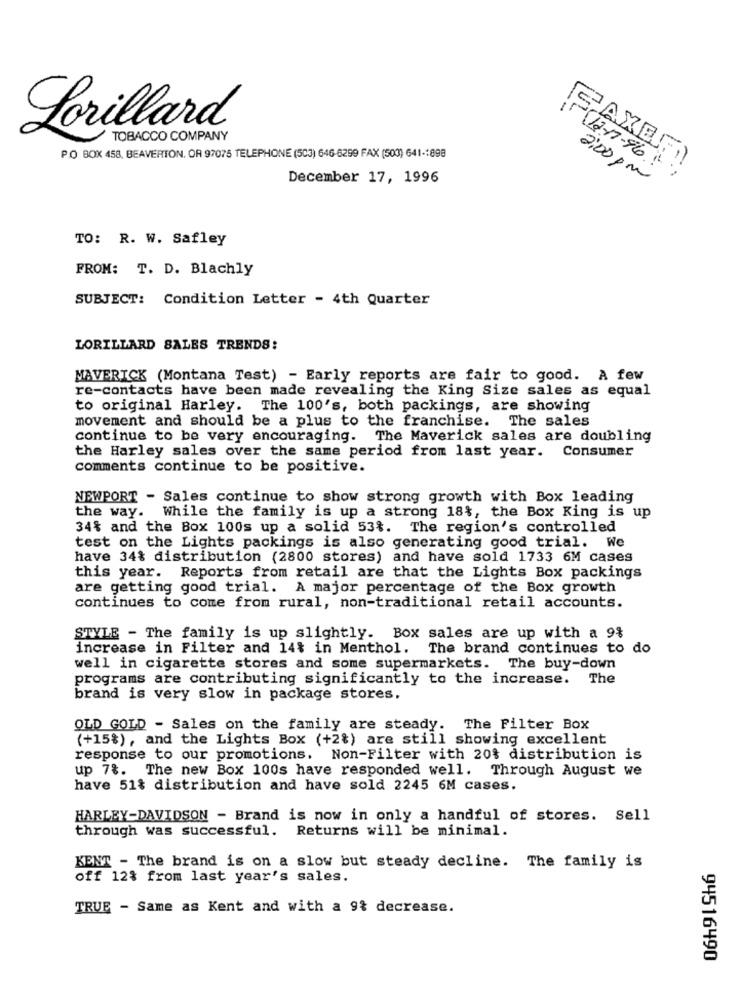
Lorillard
TOBACCO COMPANY
PO BOX 458, BEAVERTON. OR 97075 TELEPHONE (503) 646-6299 FAX (503) 641-1898
FAXEF
December 17, 1996
2:00 pm
TO: R. W. Safley
FROM: T. D. Blachly
SUBJECT: Condition Letter - 4th Quarter
LORILLARD SALES TRENDS:
MAVERICK (Montana Test) - Early reports are fair to good. A few
re-contacts have been made revealing the King Size sales as equal
to original Harley. The 100's, both packings, are showing
movement and should be a plus to the franchise. The sales
continue to be very encouraging. The Maverick sales are doubling
the Harley sales over the same period from last year. Consumer
comments continue to be positive.
NEWPORT - Sales continue to show strong growth with Box leading
the way. While the family is up a strong 18%, the Box King is up
34% and the Box 100s up a solid 53%. The region's controlled
test on the Lights packings is also generating good trial. We
have 34% distribution (2800 stores) and have sold 1733 6M cases
this year. Reports from retail are that the Lights Box packings
are getting good trial. A major percentage of the Box growth
continues to come from rural, non-traditional retail accounts.
STYLE - The family is up slightly. Box sales are up with a 9%
increase in Filter and 14% in Menthol. The brand continues to do
well in cigarette stores and some supermarkets. The buy-down
programs are contributing significantly to the increase.
The
brand is very slow in package stores.
OLD GOLD - Sales on the family are steady. The Filter Box
(+15%) , and the Lights Box (+2%) are still showing excellent
response to our promotions. Non-Filter with 20% distribution is
up 7%. The new Box 100s have responded well. Through August we
have 51% distribution and have sold 2245 6M cases.
HARLEY-DAVIDSON - Brand is now in only a handful of stores. Sell
through was successful. Returns will be minimal.
KENT - The brand is on a slow but steady decline. The family is
off 12% from last year's sales.
TRUE - Same as Kent and with a 9% decrease.
94516490